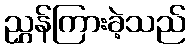
ညွှန်ကြားခဲ့သည်